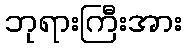
ဘုရားကြီးအား